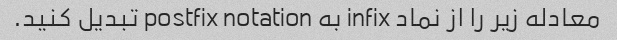
معادله زیر را از نماد infix به postfix notation تبدیل کنید.